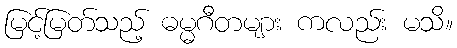
မြင့်မြတ်သည့် ဓမ္မဂီတများ ကလည်း မသိ။